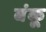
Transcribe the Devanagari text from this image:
बंकू